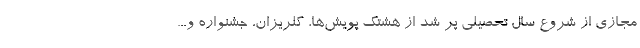
مجازی از شروع سال تحصیلی پر شد از هشتگ پویش‌ها، گلریزان، جشنواره و...